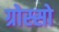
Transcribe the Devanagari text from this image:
ग्रोस्सो